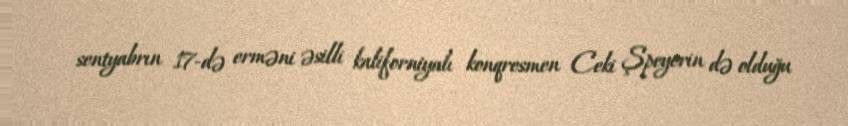
sentyabrın 17-də erməni əsilli kaliforniyalı konqresmen Ceki Şpeyerin də olduğu